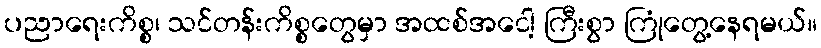
ပညာရေးကိစ္စ၊ သင်တန်းကိစ္စတွေမှာ အထစ်အငေါ့ ကြီးစွာ ကြုံတွေ့နေရမယ်။